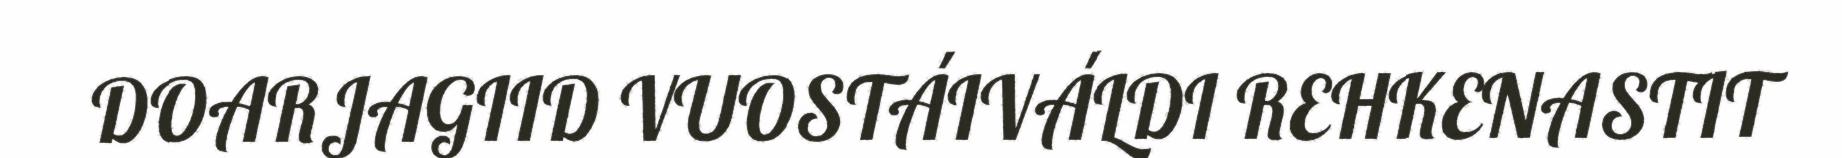
DOARJAGIID VUOSTÁIVÁLDI REHKENASTIT